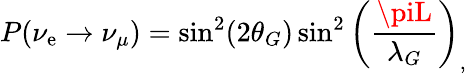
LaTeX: P(\nu_{\mathrm{e}}\rightarrow\nu_{\mu})=\sin^{2}(2\theta_{G})\sin^{2}\left(\frac{{\piL}}{{\lambda_{G}}}\right)_{,}